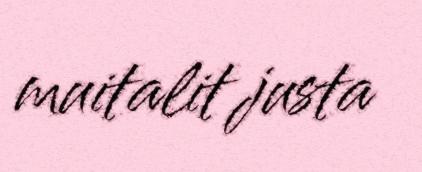
muitalit justa